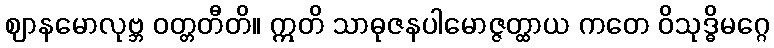
ဈာနမောလုဗ္ဘ ဝတ္တတီတိ။ ဣတိ သာဓုဇနပါမောဇ္ဇတ္ထာယ ကတေ ဝိသုဒ္ဓိမဂ္ဂေ